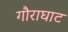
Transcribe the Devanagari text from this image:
गौराघाट